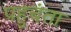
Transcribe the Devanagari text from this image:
पहुचंता